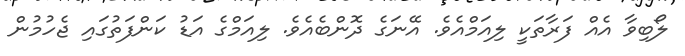
ލޯބިވާ އެއް ފަރާތަކީ ލިއަމްއެވެ. އޭނަގެ ދޮންބެއެވެ. ލިއަމްގެ އަޑު ކަންފަތުގައި ޖެހުމުން